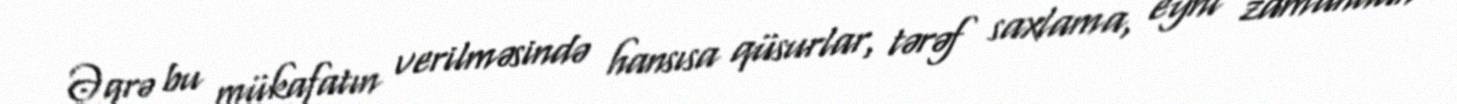
Əgrə bu mükafatın verilməsində hansısa qüsurlar, tərəf saxlama, eyni zamandan